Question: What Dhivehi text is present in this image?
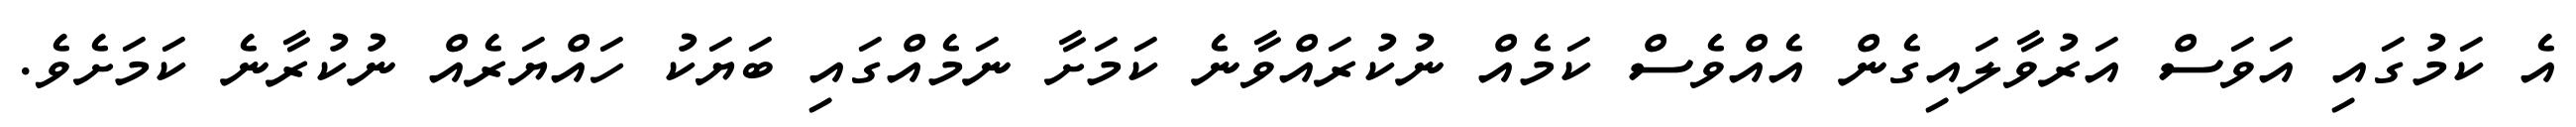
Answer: އެ ކަމުގައި އަވަސް އަރުވާލައިގެން އެއްވެސް ކަމެއް ނުކުރައްވާނެ ކަމަށާ ނަމެއްގައި ބަޔަކު ހައްޔަރެއް ނުކުރާނެ ކަމަށެވެ.